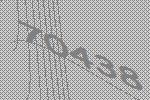
70438